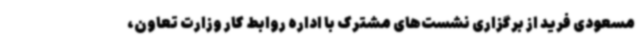
مسعودی فرید از برگزاری نشست‌های مشترک با اداره روابط کار وزارت تعاون،